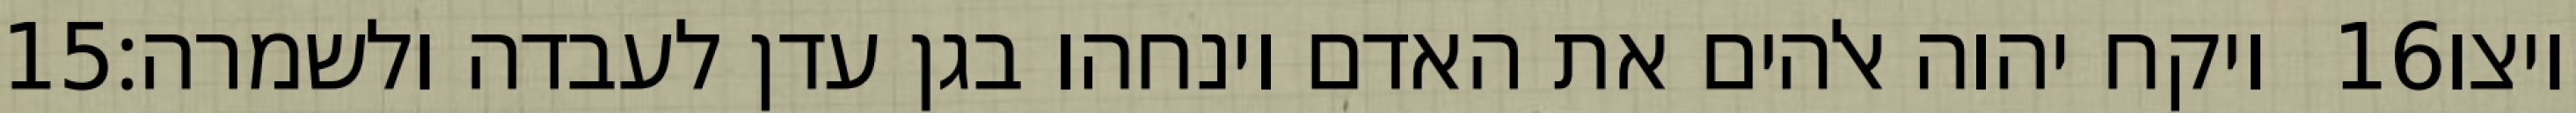
‎15‏ ויקח יהוה אלהים את האדם וינחהו בגן עדן לעבדה ולשמרה׃ ‎16‏ ויצו